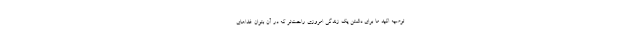
توصیه اکید ما برای داشتن یک زندگی امروزی راحت‌تر که در آن بتوان غذاهای